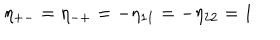
LaTeX: \eta _ { + - } = \eta _ { - + } = - \eta _ { 1 1 } = - \eta _ { 2 2 } = 1